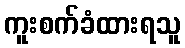
ကူးစက်ခံထားရသူ